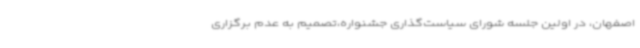
اصفهان، در اولین جلسه شورای سیاست‌گذاری جشنواره،تصمیم به عدم برگزاری